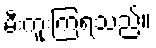
မီးကူးကြရသည်။